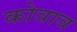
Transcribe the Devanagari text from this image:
कोवाव